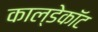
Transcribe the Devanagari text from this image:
काल्डेकॉट